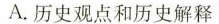
A.历史观点和历史解释